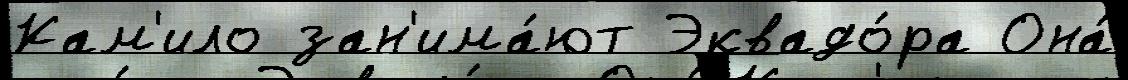
Кам'ило зан'има́ют Эквадо́ра Она́